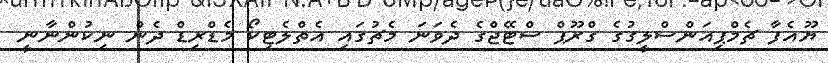
ޔޫއެފާ ޗެމްޕިއަންސްލީގުގެ ގްރޫޕް ސްޓޭޖްގެ ދެވަނަ މެޗުގައި އެތްލެޓިކޯ މެޑްރިޑް ދެން ނިކުންނާނީ